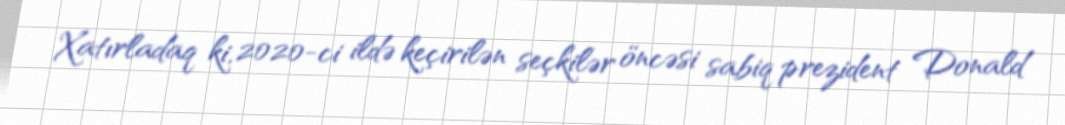
Xatırladaq ki, 2020-ci ildə keçirilən seçkilər öncəsi sabiq prezident Donald